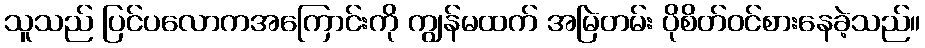
သူသည် ပြင်ပလောကအကြောင်းကို ကျွန်မထက် အမြဲတမ်း ပိုစိတ်ဝင်စားနေခဲ့သည်။